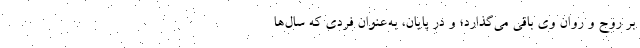
بر روح و روان وی باقی می‌گذارد؛ و در پایان، به‌عنوان فردی که سال‌ها